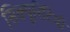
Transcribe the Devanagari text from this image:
सिक्यूरिटियाँ